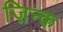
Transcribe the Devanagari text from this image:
ज़िन्क